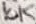
Text: 10K